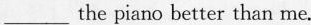
___the piano better than me.